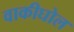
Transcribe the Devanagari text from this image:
वाकीघोल